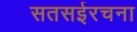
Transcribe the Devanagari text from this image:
सतसईरचना